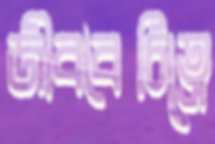
জীববৈচিত্রে